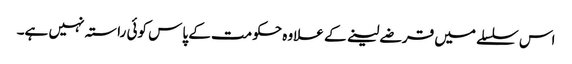
اس سلسلے میں قرضے لینے کے علاوہ حکومت کے پاس کوئی راستہ نہیں ہے۔